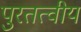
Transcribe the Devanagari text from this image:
पुरतत्वीय